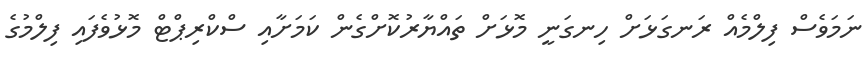
ނަމަވެސް ފިލްމެއް ރަނގަޅަށް ހިނގަނީ މޮޅަށް ތައްޔާރުކޮށްގެން ކަމަށާއި ސްކްރިޕްޓް މޮޅުވެފައި ފިލްމުގެ